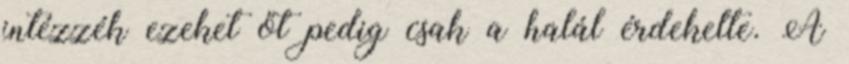
intézzék ezeket őt pedig csak a halál érdekelte. A